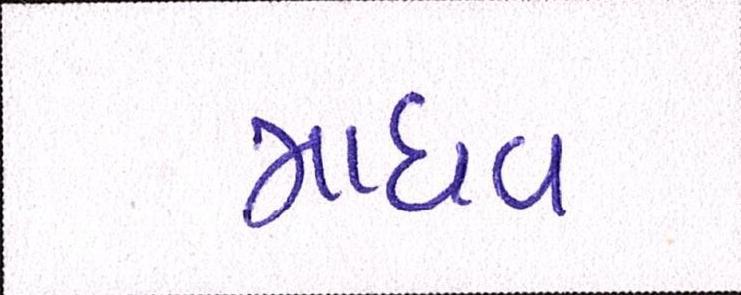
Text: માધવ